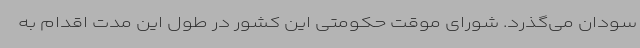
سودان می‌گذرد. شورای موقت حکومتی این کشور در طول این مدت اقدام به